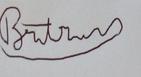
Signature authenticity: forged